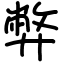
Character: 弊